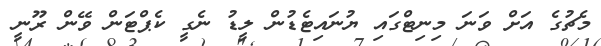
މެޗުގެ އަށް ވަނަ މިނިޓްގައި ޔުނައިޓެޑުން ލީޑު ނެގީ ކެޕްޓަން ވޭން ރޫނީ